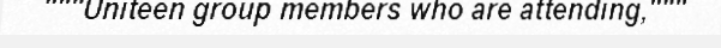
"""Uniteen group members who are attending,"""